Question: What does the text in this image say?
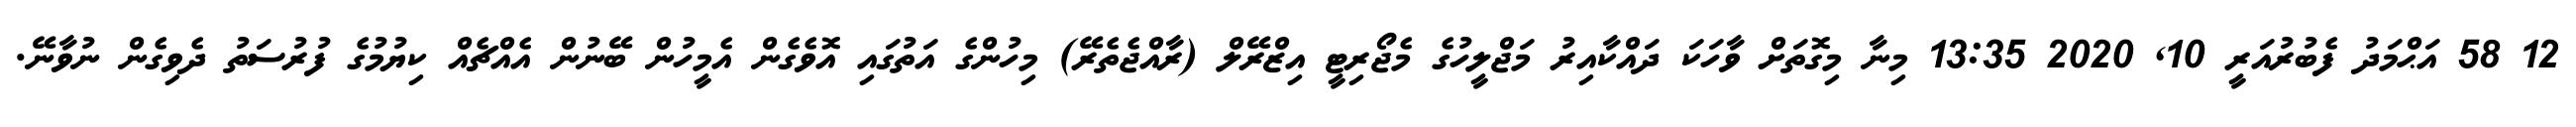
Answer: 12 58 އަޙްމަދު ފެބުރުއަރީ 10, 2020 13:35 މިނާ މިގޮތަށް ވާހަކަ ދައްކާއިރު މަޖްލީހުގެ މެޖޯރިޓީ އިޒްރޭލް (ރާއްޖެތެރޭ) މިހުންގެ އަތުގައި އޮވެގެން އެމީހުން ބޭނުން އެއްޗެއް ކިޔުމުގެ ފުރުސަތު ދެވިގެން ނުވާނޭ.